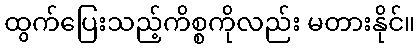
ထွက်ပြေးသည့်ကိစ္စကိုလည်း မတားနိုင်။